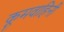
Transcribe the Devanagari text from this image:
कूमवाहिनी